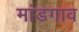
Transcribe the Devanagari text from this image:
मांडगाव